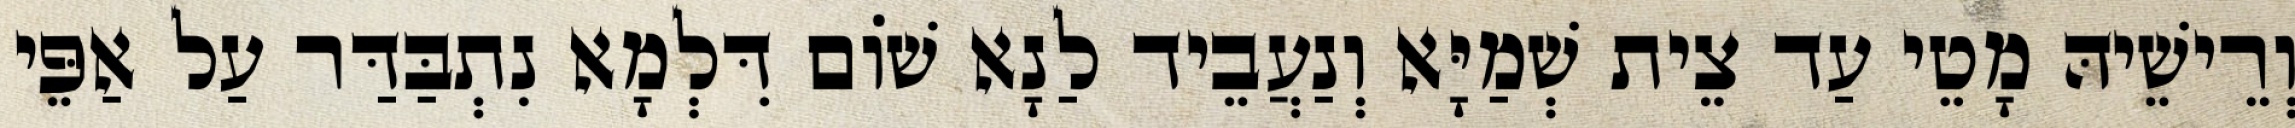
וְרֵישֵׁיהּ מָטֵי עַד צֵית שְׁמַיָּא וְנַעֲבֵיד לַנָא שׁוֹם דִּלְמָא נִתְבַּדַּר עַל אַפֵּי